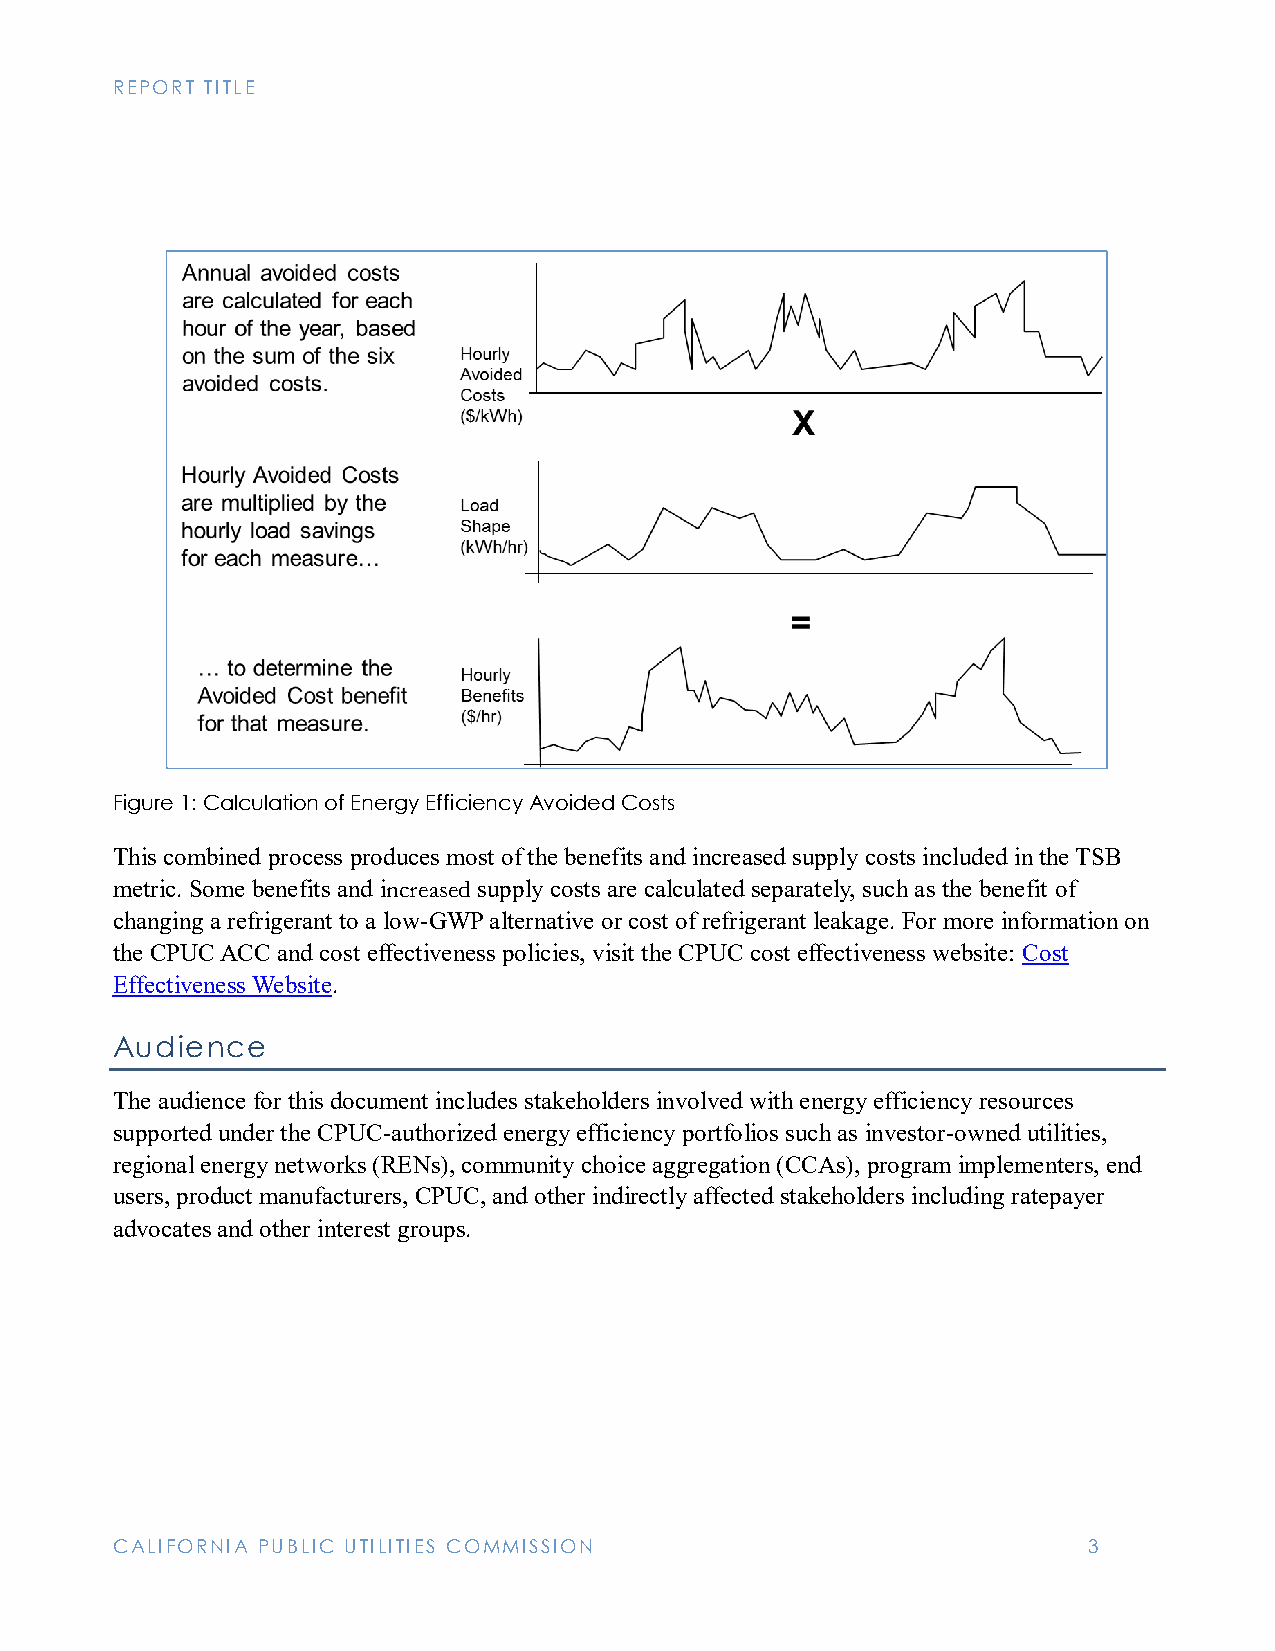
REPORT TITLE
 Figure 1: Calculation of Energy Efficiency Avoided Costs
 This combined process produces most of the benefits and increased supply costs included in the TSB
 metric. Some benefits and increased supply costs are calculated separately, such as the benefit of
 changing a refrigerant to a low-GWP alternative or cost of refrigerant leakage. For more information on
 the CPUC ACC and cost effectiveness policies, visit the CPUC cost effectiveness website: Cost
 Effectiveness Website.
 Audience
 The audience for this document includes stakeholders involved with energy efficiency resources
 supported under the CPUC-authorized energy efficiency portfolios such as investor-owned utilities,
 regional energy networks (RENs), community choice aggregation (CCAs), program implementers, end
 users, product manufacturers, CPUC, and other indirectly affected stakeholders including ratepayer
 advocates and other interest groups.
 CALIFORNIA PUBLIC UTILITIES COMMISSION                           3